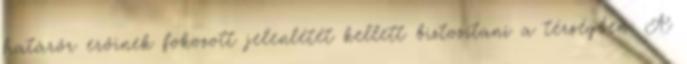
határőr erőinek fokozott jelenlétét kellett biztosítani a térségben. A